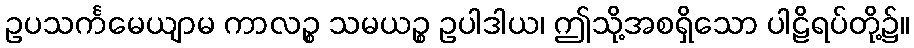
ဥပသင်္ကမေယျာမ ကာလဉ္စ သမယဉ္စ ဥပါဒါယ၊ ဤသို့အစရှိသော ပါဠိရပ်တို့၌။